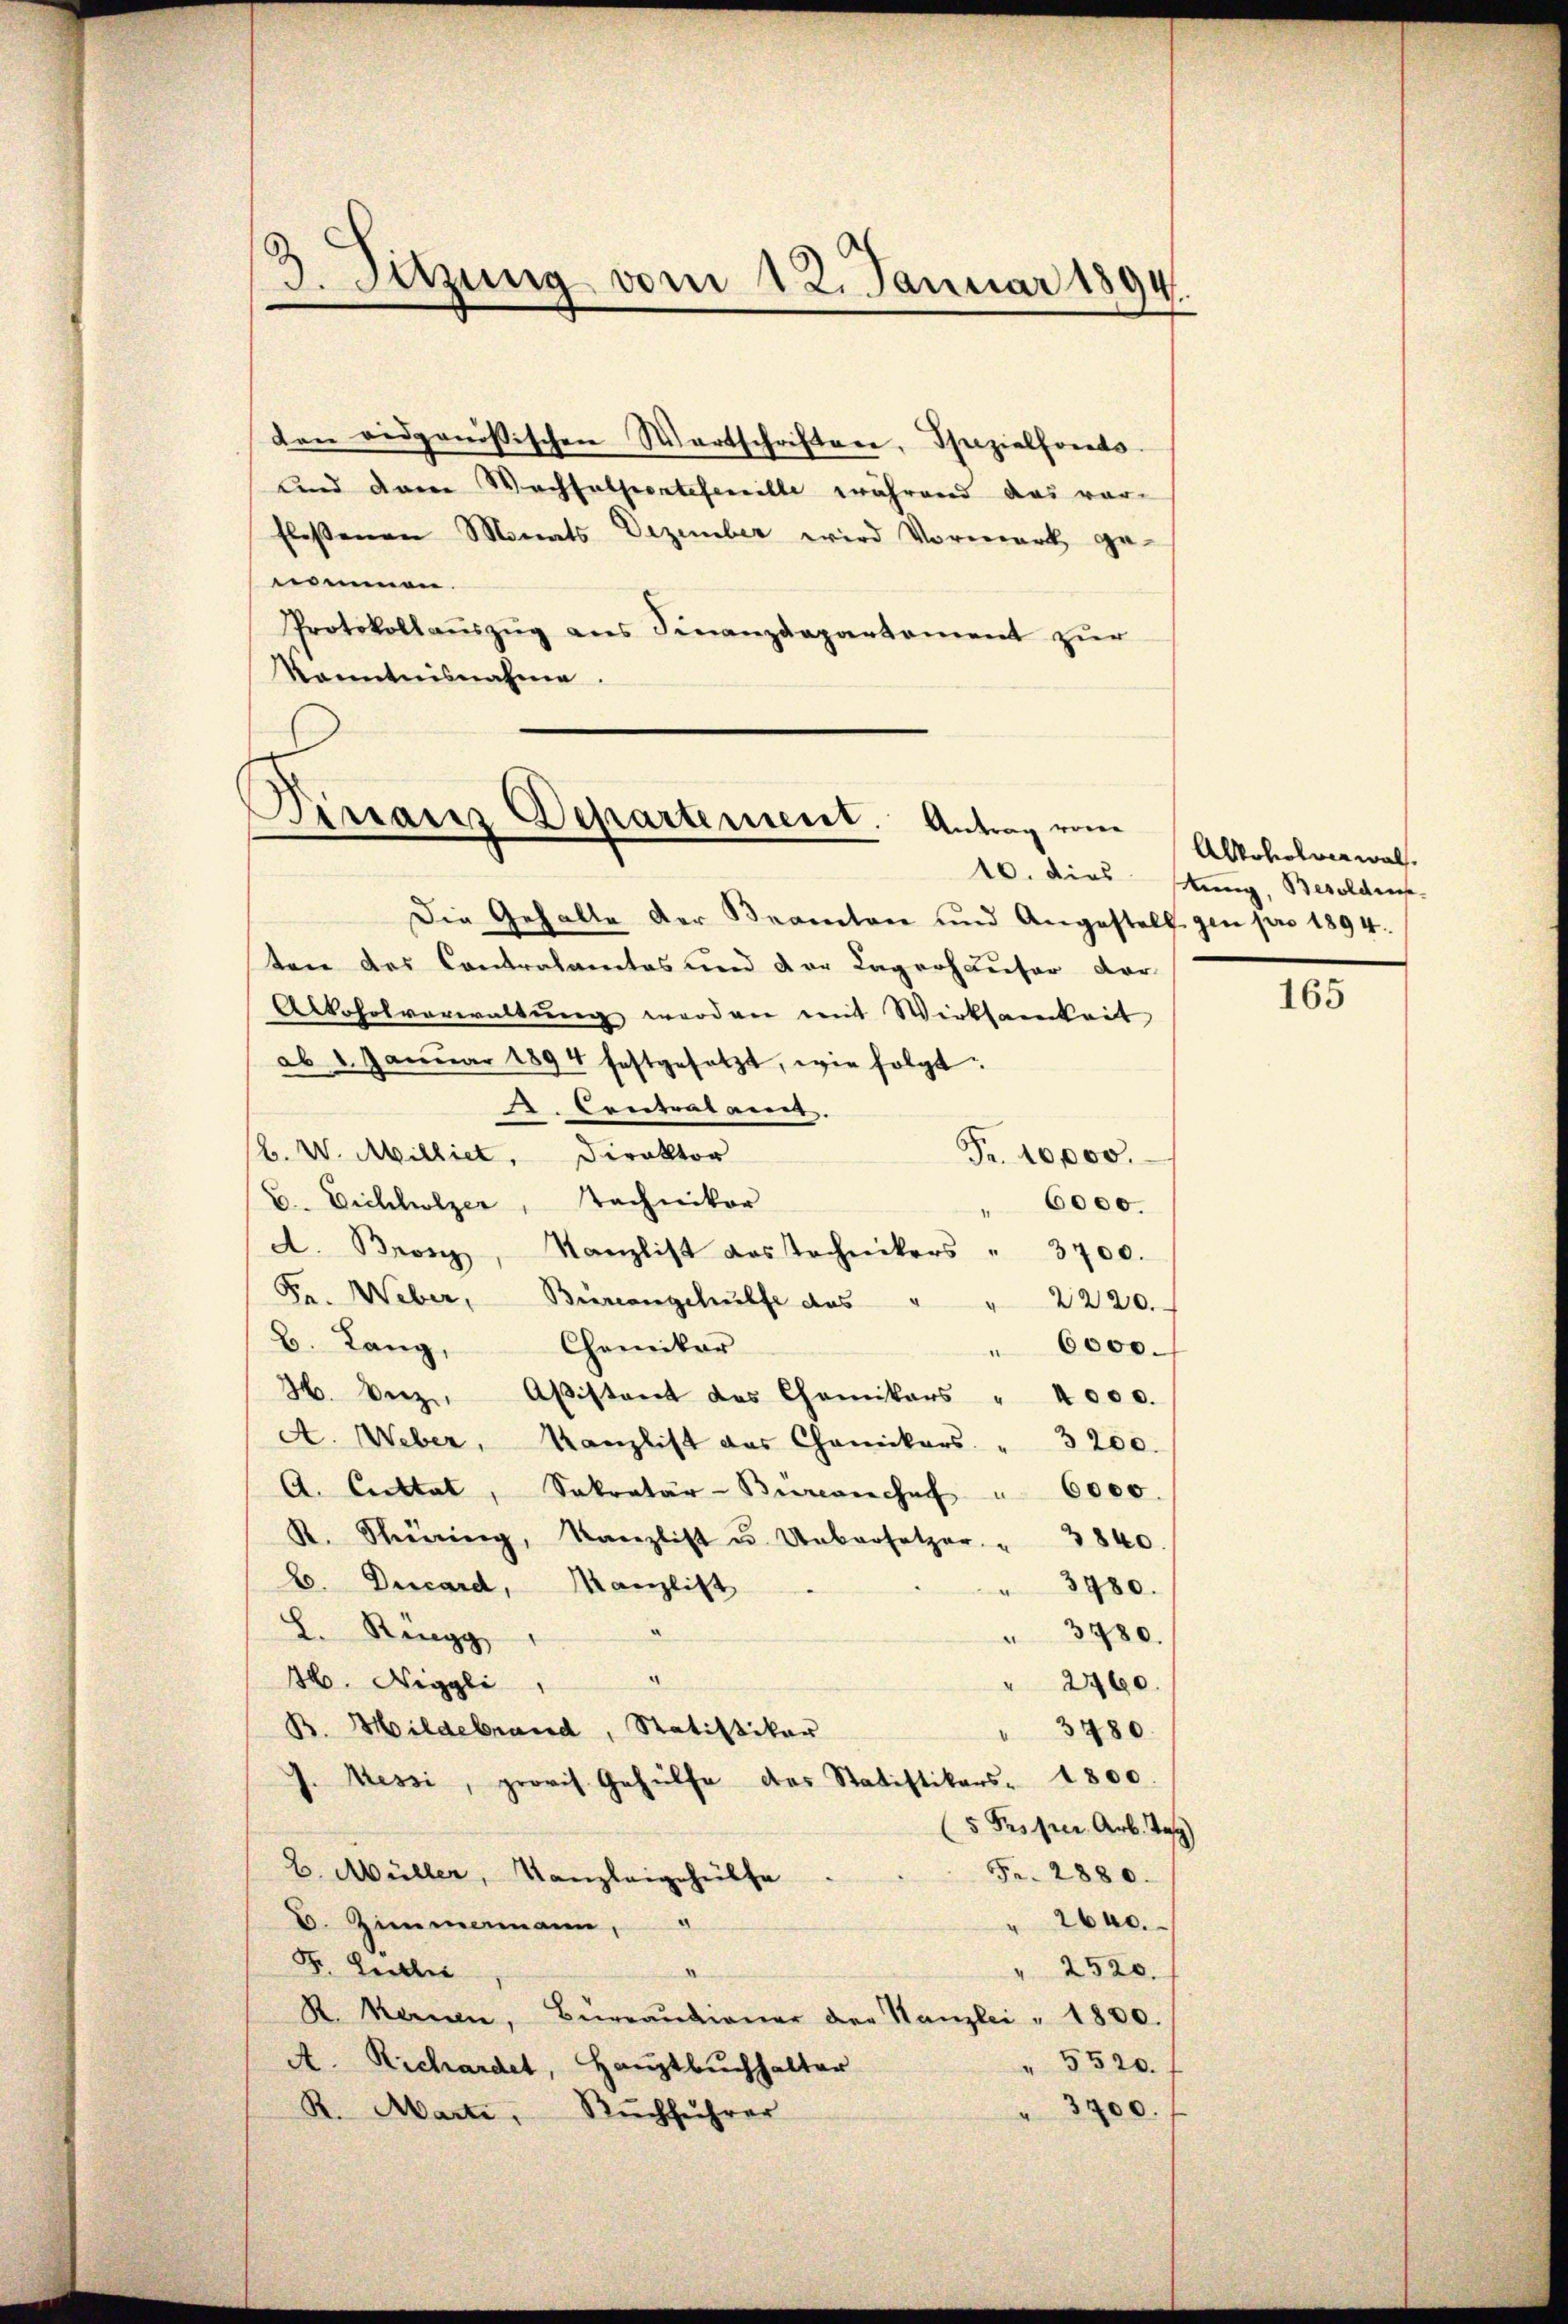
3. Setzung vom 12. Januar 1894.

den eidgenössischen Wartschriften, Spezialfonds.
und dann Wachsulpertefenille während das vor-
floßenen Monats Dezember wird Vormerk ge-
nnomen.
Protokollaŭszŭg ans Finanzdepartement zur
Kanntnisnahme.

Dirranz Departement. Antrag vom

Die Gehalte der Beamten und Angestell gen pro 1894.
ten des Contralamtes und der Lagrohäuser dar
Alkoholverwaltŭng werden mit Wirksamkeit
ab 1. Januar 1894 festgesetzt, wie folgt:
d. Contralanet.
R. W. Milliet, Direktor
Fr. 10,000.
E. Eichholzer, Technikor
6000.
4
A. Bronz, Kanzlist das Technikers " 3700.
Fr. Weber, Büreangehülfe des " " 2220.
B. Lang,
Chemiker
" 6000.
H. Derz. Aßistant des Chemikers " 4000.
A. Weber, Kanzlist des Chanikers. " 3200.
A. Cultat, Sekretär-Bierenrechef " 6000.
R. Störung, Kanzlist u. Uebersetzer " 3840.
B. Ducard, Manzlist
3780.
3780.
L. Ringg
a
16. Niggli
" 2460.
B. Mildebrand, Statistikar
3280
J. Messi, provis. Gehülfe des Statistikars 1800.
5 Proprer. Arb. Tag)
B. Müller, Kanzleigehülfe
Fr. 2880.
2640.
V. Zimmermann, "
F. Herbber
a
" 2520.
R. kennen, Büreaŭdianer der Kanzlei " 1800.
" 5520.
A. Richardet, Hauptbuchhalter
" 3400.
Ruchführer
R. Marti,

Alkoholverwal
10. dies Mung, Besolden.

165